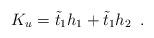
LaTeX: \begin{align*}K_u ={\tilde{t}}_1 h_1 + {\tilde{t}}_1 h_2 \,\,\,.\end{align*}